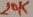
Text: 29K